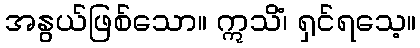
အနွယ်ဖြစ်သော။ ဣသိံ၊ ရှင်ရသေ့။